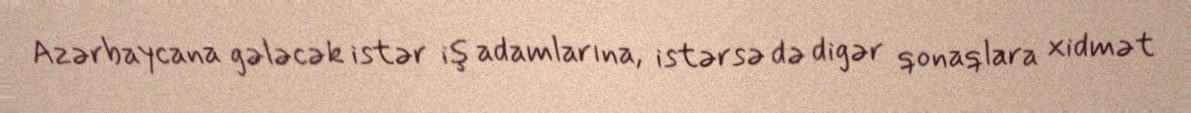
Azərbaycana gələcək istər iş adamlarına, istərsə də digər qonaqlara xidmət